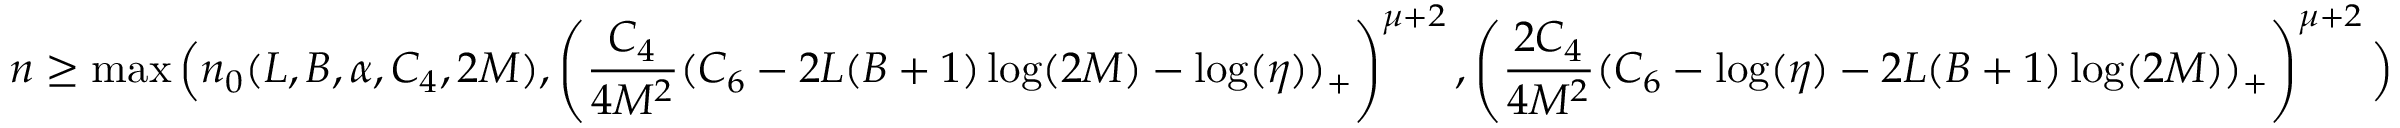
n \ge \operatorname* { m a x } \Big ( n _ { 0 } ( L , B , \alpha , C _ { 4 } , 2 M ) , \left( \frac { C _ { 4 } } { 4 M ^ { 2 } } ( C _ { 6 } - 2 L ( B + 1 ) \log ( 2 M ) - \log ( \eta ) ) _ { + } \right) ^ { \mu + 2 } , \left( \frac { 2 C _ { 4 } } { 4 M ^ { 2 } } ( C _ { 6 } - \log ( \eta ) - 2 L ( B + 1 ) \log ( 2 M ) ) _ { + } \right) ^ { \mu + 2 } \Big )